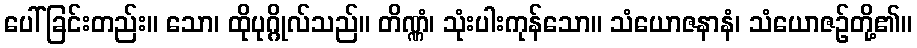
ပေါ်ခြင်းတည်း။ သော၊ ထိုပုဂ္ဂိုလ်သည်။ တိဏ္ဏံ၊ သုံးပါးကုန်သော။ သံယောဇနာနံ၊ သံယောဇဉ်တို့၏။